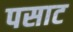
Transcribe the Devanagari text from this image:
पसाट